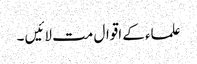
علماء کے اقوال مت لائیں ۔